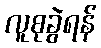
လူစုခွဲရန်